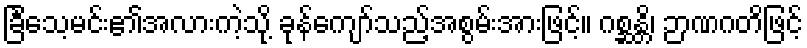
ခြင်္သေ့မင်း၏အလားကဲ့သို့ ခုန်ကျော်သည့်အစွမ်းအားဖြင့်။ ဂစ္ဆန္တိ၊ ဉာဏဂတိဖြင့်